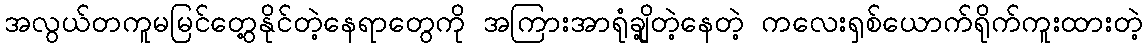
အလွယ်တကူမမြင်တွေ့နိုင်တဲ့နေရာတွေကို အကြားအာရုံချို့တဲ့နေတဲ့ ကလေးရှစ်ယောက်ရိုက်ကူးထားတဲ့